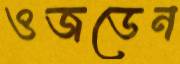
ওজডেন